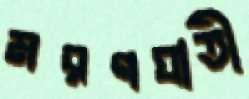
মরণঘাতী